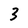
Character: 3